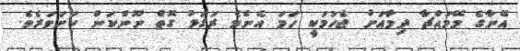
އޭނާގެ މޭމައްޗާ ދިމާއަށް ޖެހުމަކީ ހަމަ އެންމެ ރަގަޅު ގޮތް ނޫންކަން ކަށަވަރެވެ.